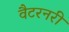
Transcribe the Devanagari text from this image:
वैटरनरी